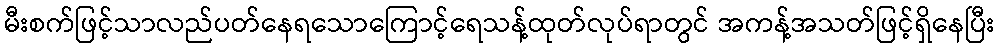
မီးစက်ဖြင့်သာလည်ပတ်နေရသောကြောင့်ရေသန့်ထုတ်လုပ်ရာတွင် အကန့်အသတ်ဖြင့်ရှိနေပြီး